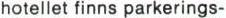
hotellet finns parkerings-